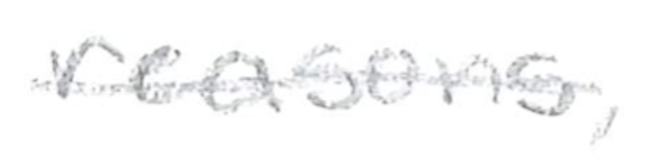
Text: reasons,
Cross-out: single-line
Writing tool: pencil